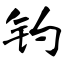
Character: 钓